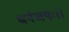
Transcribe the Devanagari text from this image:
धनंजयः।।